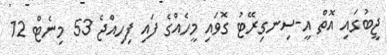
ޖީބުގައި އޮތް އީ-ސިނގިރޭޓު ގޮވައި މީހެއްގެ ފައި ފިހިއްޖެ 53 މިނެޓް 12